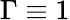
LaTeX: \Gamma\equiv 1